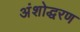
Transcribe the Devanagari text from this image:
अंशोद्धरण